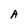
Character: A